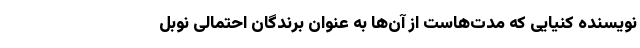
نویسنده کنیایی که مدت‌هاست از آن‌ها به عنوان برندگان احتمالی نوبل